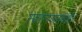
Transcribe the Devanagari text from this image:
स्वराज्यासंबंधीचे